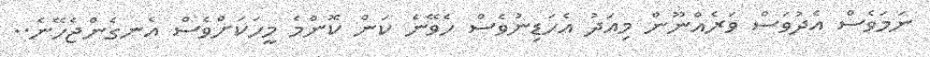
ނަމަވެސް އެދުވަސް ވަރެއްނޫން މިއަދު އެހަޑިނުވެސް ހެވޭނެ ކަން ކޮންމެ މީހަކަށްވެސް އެނގެންޖެހޭނެ..